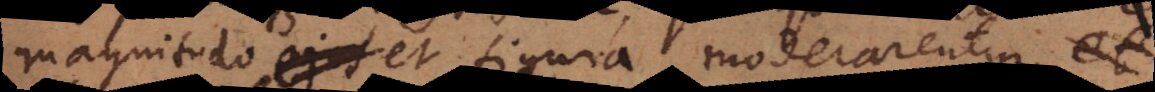
magnitudo ejus et figura moderarentur